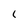
Character: 1